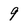
Character: 9